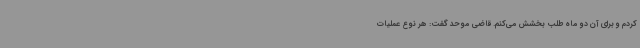
کردم و برای آن دو ماه طلب بخشش می‌کنم. قاضی موحد گفت: هر نوع عملیات